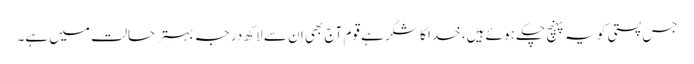
جس پستی کو یہ پہنچ چکے ہوئے ہیں، خدا کا شکر ہے قوم آج بھی ان سے لاکھ درجہ بہتر حالت میں ہے۔